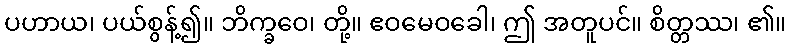
ပဟာယ၊ ပယ်စွန့်၍။ ဘိက္ခဝေ၊ တို့။ ဧဝမေဝခေါ၊ ဤ အတူပင်။ စိတ္တဿ၊ ၏။